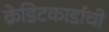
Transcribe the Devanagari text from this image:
क्रेडिटकार्डाची